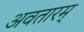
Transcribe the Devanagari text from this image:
अवतारम्